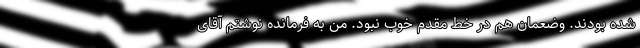
شده بودند. وضعمان هم در خط مقدم خوب نبود. من به فرمانده نوشتم آقای